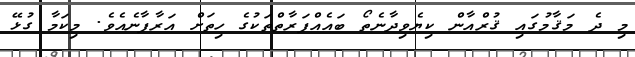
މި ދެ މަޤާމުގައި ޤުރްއާން ކިޔެވިދާނެތޯ ބައެއްފަރާތްތަކުގެ ހިތަށް އަރާފާނެއެވެ. މިކަމާ ގުޅޭ